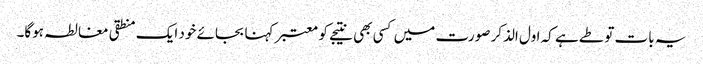
یہ بات تو طے ہے کہ اول الذکر صورت میں کسی بھی نتیجے کو معتبر کہنا بجائے خود ایک منطقی مغالطہ ہوگا۔